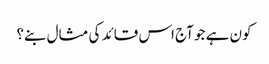
کون ہے جو آج اس قائد کی مثال بنے؟